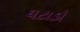
ઘટાડો